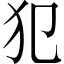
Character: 犯